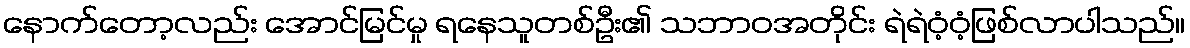
နောက်တော့လည်း အောင်မြင်မှု ရနေသူတစ်ဦး၏ သဘာဝအတိုင်း ရဲရဲဝံ့ဝံ့ဖြစ်လာပါသည်။